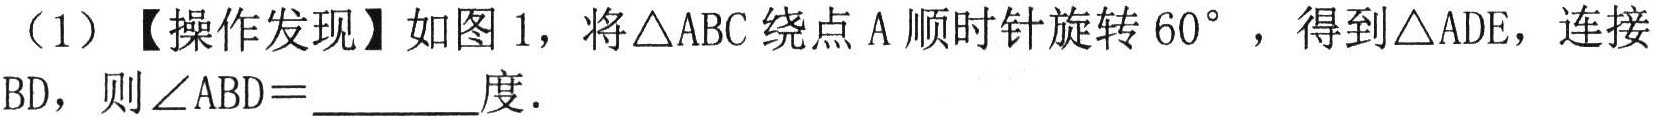
（1）【操作发现】如图 1，将\(\triangle ABC\)绕点\(A\)顺时针旋转\(60^{\circ}\)，得到\(\triangle ADE\)，连接\(BD\)，则\(\angle ABD = \underline{\quad\quad}\)度.